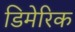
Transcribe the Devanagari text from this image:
डिमेरिक